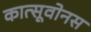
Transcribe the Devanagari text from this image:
कात्सूवोनस